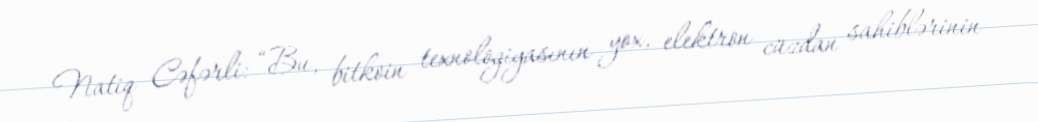
Natiq Cəfərli: “Bu, bitkoin texnologiyasının yox, elektron cüzdan sahiblərinin